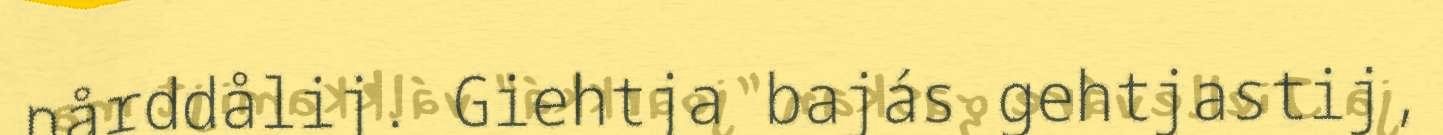
nårddålij. Giehtja bajás gehtjastij,